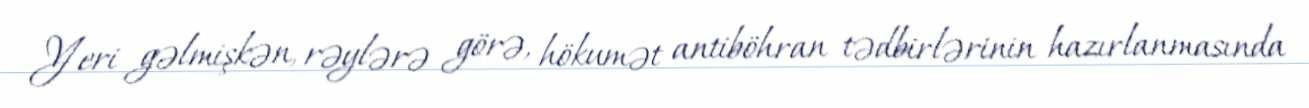
Yeri gəlmişkən, rəylərə görə, hökumət antiböhran tədbirlərinin hazırlanmasında